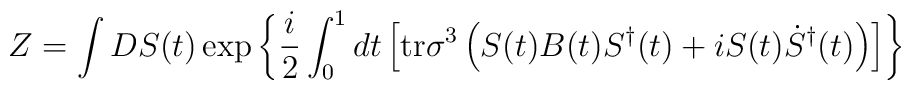
Z=\int DS(t) \exp \left\{ \frac{i}{2} \int _0^1 dt \left[ \mbox{tr}\sigma^3 \left( S(t)B(t)S^{\dag}(t) +iS(t)\dot{S}^{\dag}(t) \right)\right] \right\}